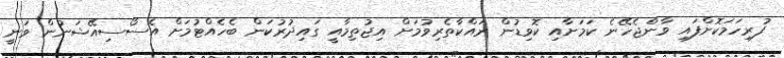
ފުރިހަމަކޮށްފައި ވާންޖެހޭނެ ކަމަށާއި ކޮވިޑުން ރައްކާތެރިވުމަށް އިޖުތިމާއީ ގައިދުރުކަން ބެހެއްޓުމަށް އެސޯސިއޭޝަނުން ވަނީ